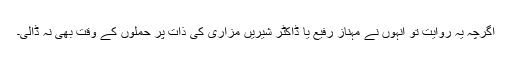
اگرچہ یہ روایت تو انہوں نے مہناز رفیع یا ڈاکٹر شیریں مزاری کی ذات پر حملوں کے وقت بھی نہ ڈالی۔